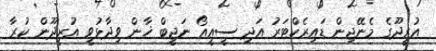
އުރީދޫގެ މެނޭޖިން ޑައިރެކްޓަރު އަދި ސީއީއޯ ނަޖީބް ޚާން ވިދާޅުވީ އުރީދޫން ކުރާ